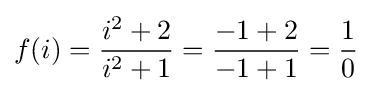
f(i)={\frac {i^{2}+2}{i^{2}+1}}={\frac {-1+2}{-1+1}}={\frac {1}{0}}